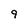
Character: 9